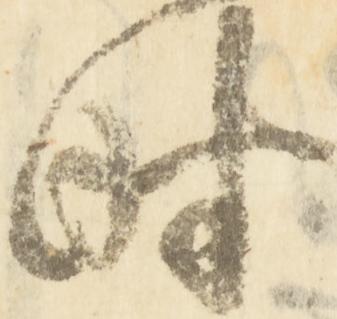
時